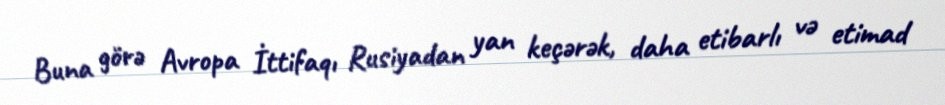
Buna görə Avropa İttifaqı Rusiyadan yan keçərək, daha etibarlı və etimad